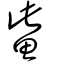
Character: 鮆